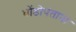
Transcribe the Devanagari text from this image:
धोंडोपंताना